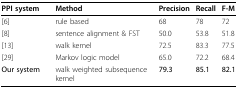
| PPI system | Method | Precision | Recall | F-M |
 | --- | --- | --- | --- | --- |
 | [6] | rule based | 68 | 78 | 72 |
 | [8] | sentence alignment & FST | 50.0 | 53.8 | 51.8 |
 | [13] | walk kernel | 72.5 | 83.3 | 77.5 |
 | [29] | Markov logic model | 65.0 | 72.2 | 68.4 |
 | Our system | walk weighted subsequence kernel | 79.3 | 85.1 | 82.1 |